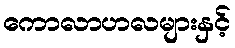
ကောလာဟလများနှင့်